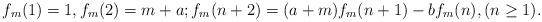
LaTeX: \begin{align*}f_m(1)=1,f_m(2)=m+a;f_m(n+2)=(a+m)f_m(n+1)-bf_m(n),(n\geq 1).\end{align*}